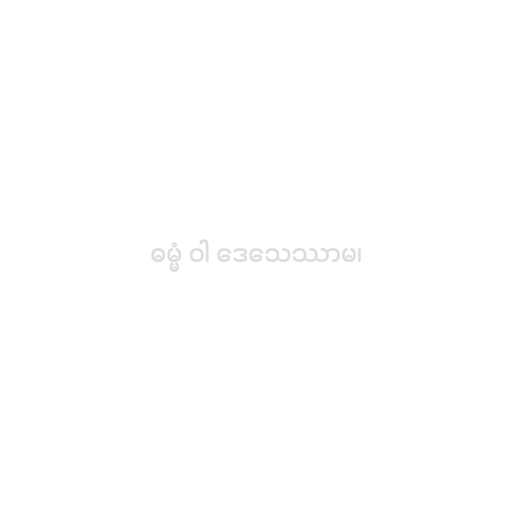
ဓမ္မံ ဝါ ဒေသေဿာမ၊